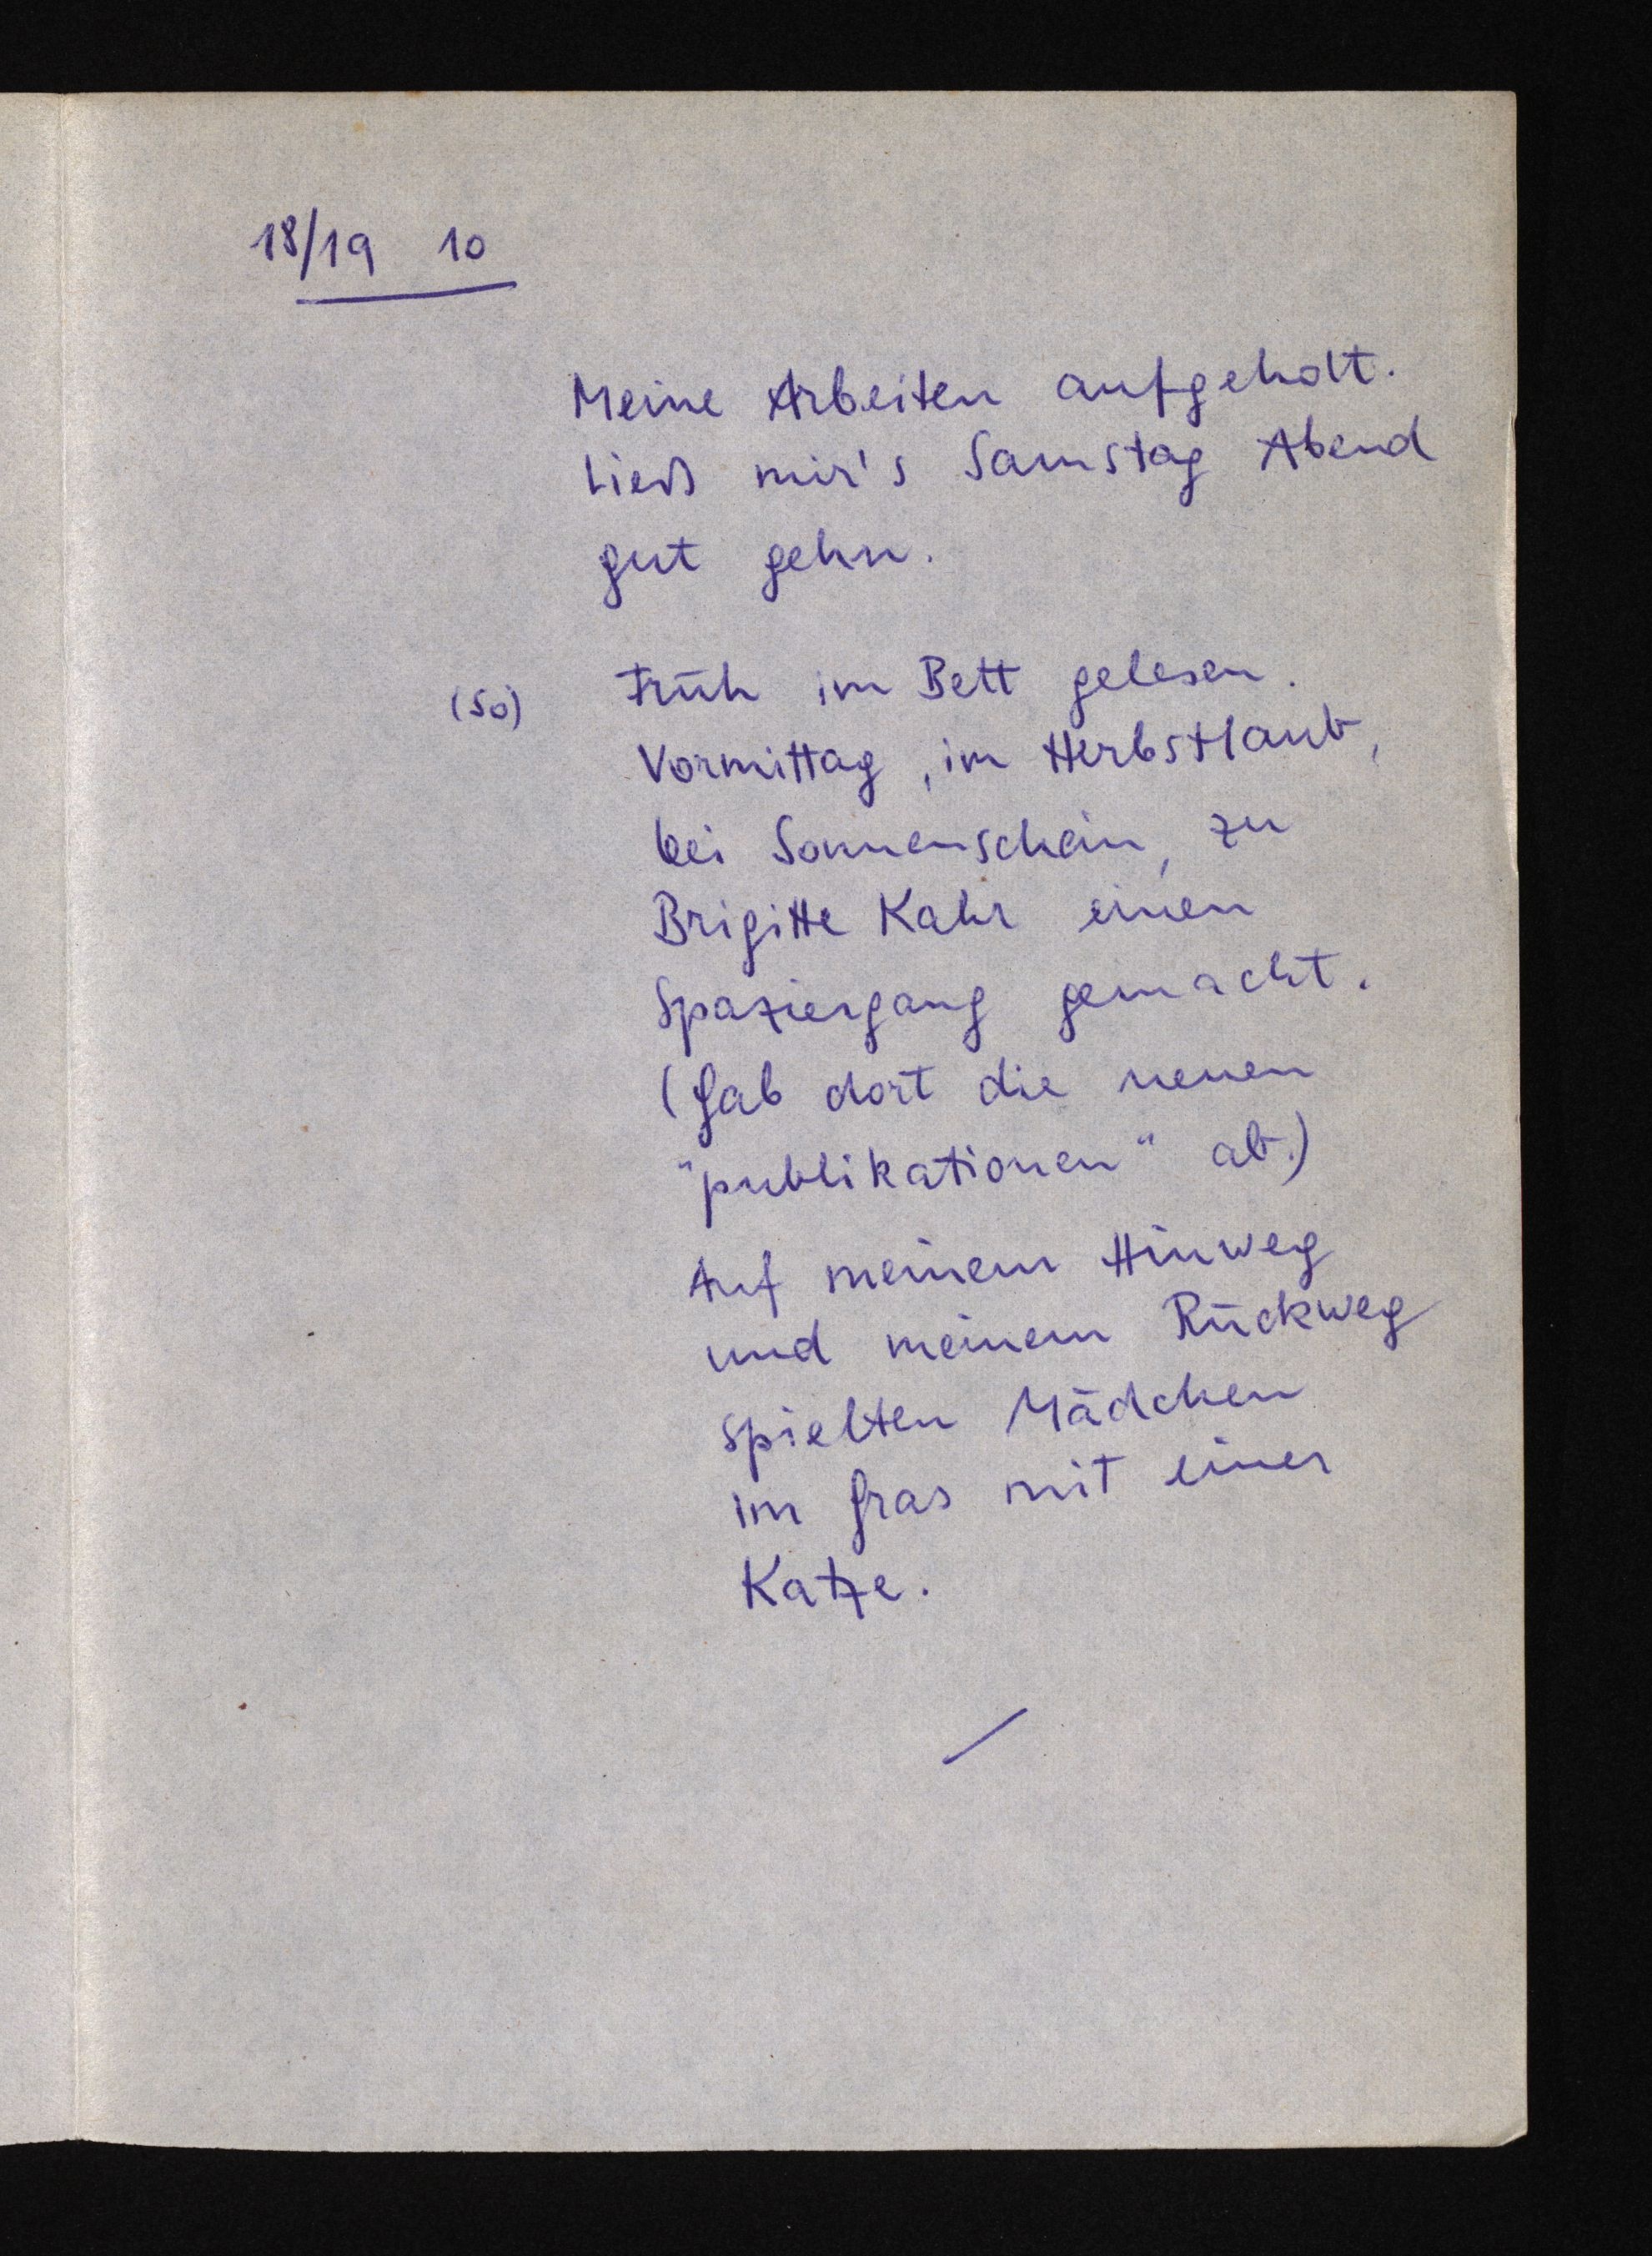
18/19 10
Meine Arbeiten aufgeholt.
Ließ mir's Samstag Abend
gut gehn.
(So) Früh im Bett gelesen.
Vormittag, im Herbstlaub,
bei Sonnenschein, zu
Brigitte Kahr einen
Spaziergang gemacht.
(Gab dort die neuen
"publikationen" ab.)
Auf meinem Hinweg
und meinem Rückweg
spielten Mädchen
im Gras mit einer
Katze.